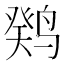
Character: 𫛼